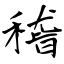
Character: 稽